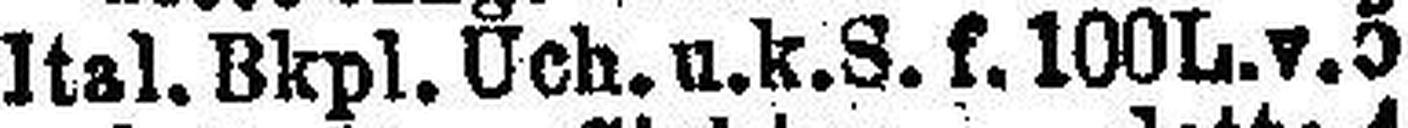
Ital. Bkpl. Uch. u. k. S. f. 100L. v. 5